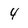
Character: 4